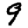
Digit: 9